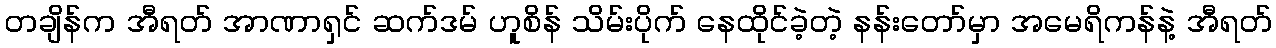
တချိန်က အီရတ် အာဏာရှင် ဆက်ဒမ် ဟူစိန် သိမ်းပိုက် နေထိုင်ခဲ့တဲ့ နန်းတော်မှာ အမေရိကန်နဲ့ အီရတ်